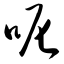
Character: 呢